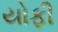
યોફી